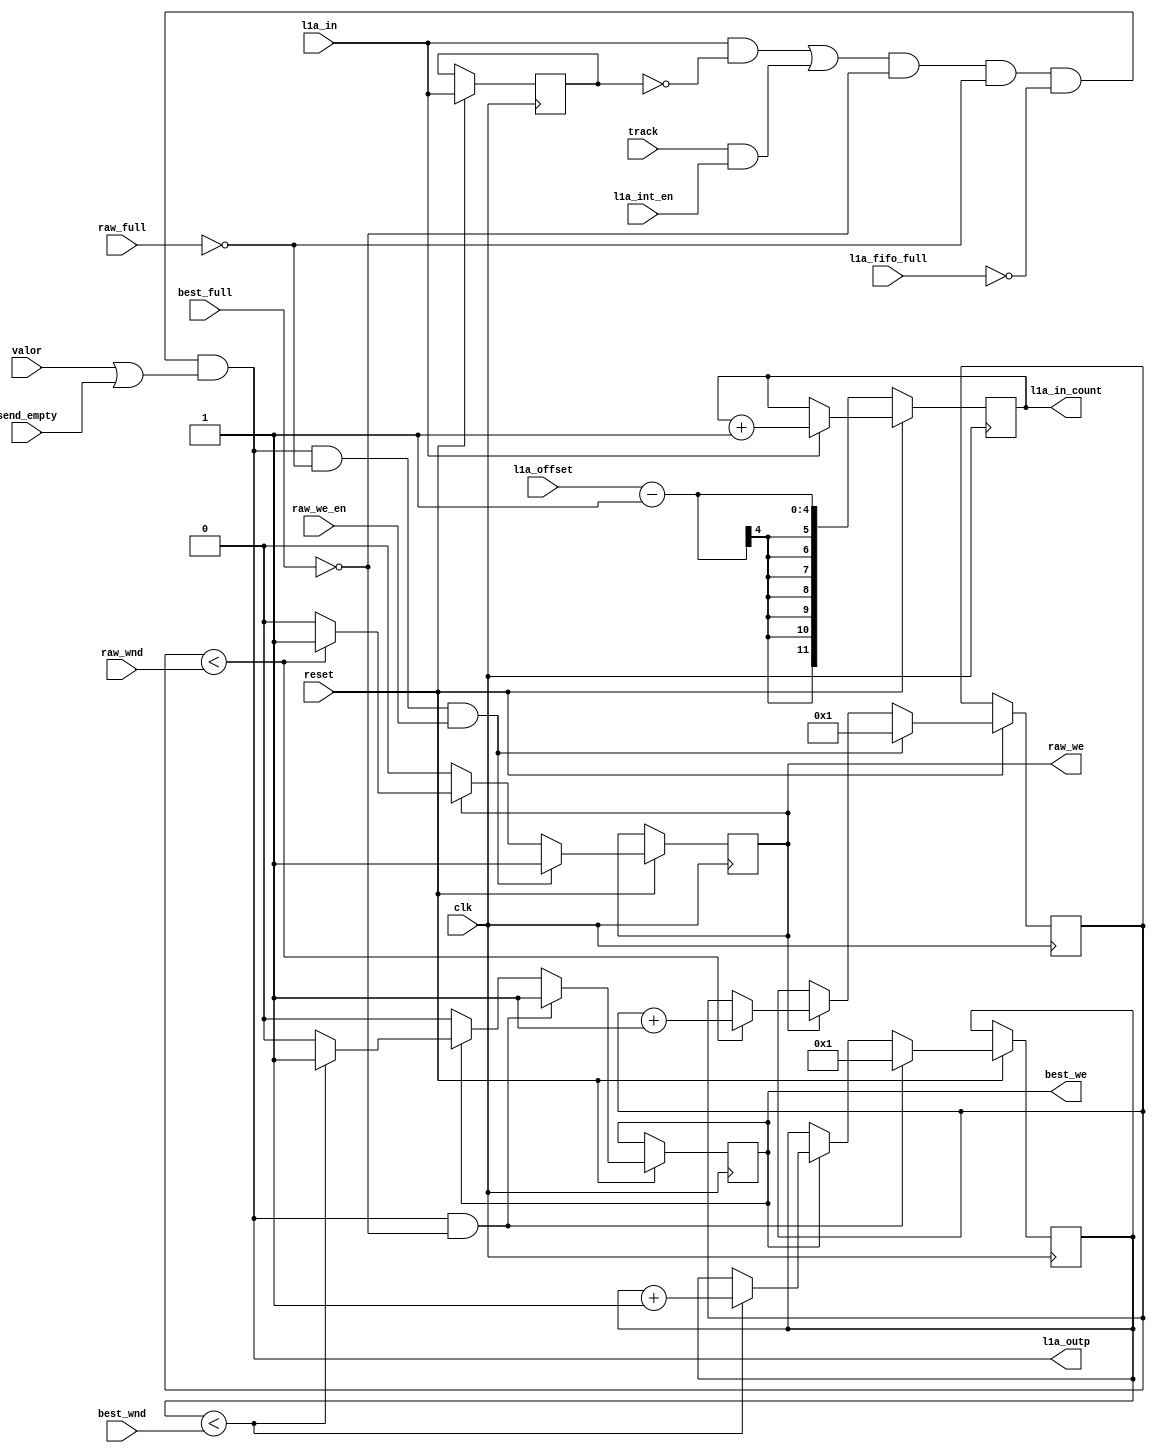
// This  Verilog HDL  source  file was  automatically generated
// by C++ model based on VPP library. Modification of this file
// is possible, but if you want to keep it in sync with the C++
// model,  please  modify  the model and re-generate this file.
// VPP library web-page: http://www.phys.ufl.edu/~madorsky/vpp/

// Timestamp : Fri Jan 18 14:51:38 2013

module l1a_maker_
(
    l1a_in,
    valor,
    track,
    l1a_outp,
    best_wnd,
    raw_wnd,
    l1a_fifo_full,
    best_full,
    raw_full,
    raw_we_en,
    best_we,
    raw_we,
    l1a_int_en,
    l1a_in_count,
    l1a_offset,
    send_empty,
    reset,
    clk
);

    input l1a_in;
    input valor;
    input track;
    output l1a_outp;
    input [3:0] best_wnd;
    input [4:0] raw_wnd;
    input l1a_fifo_full;
    input best_full;
    input raw_full;
    input raw_we_en;
    output best_we;
    reg    best_we;
    output raw_we;
    reg    raw_we;
    input l1a_int_en;
    output [11:0] l1a_in_count;
    reg    [11:0] l1a_in_count;
    input [3:0] l1a_offset;
    input send_empty;
    input reset;
    input clk;

    reg l1ar;
    reg [3:0] best_cnt;
    reg [4:0] raw_cnt;
    wire l1a_out;
    assign l1a_out = l1a_in && (!l1ar);
    assign l1a_outp = ((((l1a_out || (track && l1a_int_en)) && (!best_full)) && (!raw_full)) && (!l1a_fifo_full)) && (valor || send_empty);
    always @(posedge clk) 
    begin
        if (!reset) 
        begin
            l1a_in_count = l1a_offset;
            l1a_in_count = l1a_in_count - 12'd1;
        end
        else 
        begin
            l1ar = l1a_in;
            if (best_we) 
            begin
                if (best_cnt < best_wnd) best_cnt = best_cnt + 1;
                else best_we = 0;
            end
            if (raw_we) 
            begin
                if (raw_cnt < raw_wnd) raw_cnt = raw_cnt + 1;
                else raw_we = 0;
            end
            if (l1a_outp && (!best_full)) 
            begin
                best_we = 1;
                best_cnt = 1;
            end
            if ((l1a_outp && (!raw_full)) && raw_we_en) 
            begin
                raw_we = 1;
                raw_cnt = 1;
            end
            if (l1a_in) l1a_in_count = l1a_in_count + 12'd1;
        end
    end
endmodule